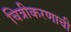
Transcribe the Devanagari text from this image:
चित्रीकरणाची